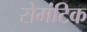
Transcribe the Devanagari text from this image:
सेमंटिक